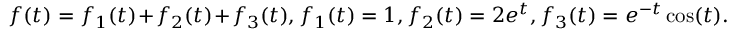
f ( t ) = f _ { 1 } ( t ) + f _ { 2 } ( t ) + f _ { 3 } ( t ) , f _ { 1 } ( t ) = 1 , f _ { 2 } ( t ) = 2 e ^ { t } , f _ { 3 } ( t ) = e ^ { - t } \cos ( t ) .